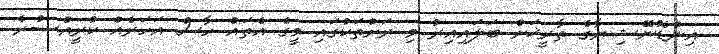
އިންޑޮނޭޝިޔާގެ ތާރީޚަށް ބަލައިއިރު މި ރަށްތަކުގައި މީގެ އެތައް ހާސް އަހަރެއް ކުރީއްސުރެ